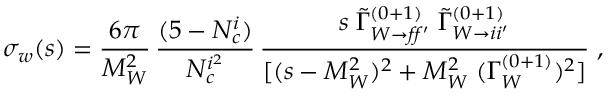
\sigma _ { w } ( s ) = \frac { 6 \pi } { M _ { W } ^ { 2 } } \, \frac { ( 5 - N _ { c } ^ { i } ) } { N _ { c } ^ { i ^ { 2 } } } \, \frac { s \; \tilde { \Gamma } _ { W \rightarrow f \! f ^ { \prime } } ^ { ( 0 + 1 ) } \; \tilde { \Gamma } _ { W \rightarrow i i ^ { \prime } } ^ { ( 0 + 1 ) } } { [ ( s - M _ { W } ^ { 2 } ) ^ { 2 } + M _ { W } ^ { 2 } \; ( \Gamma _ { W } ^ { ( 0 + 1 ) } ) ^ { 2 } ] } \; ,